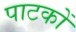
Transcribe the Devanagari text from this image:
पाटकों